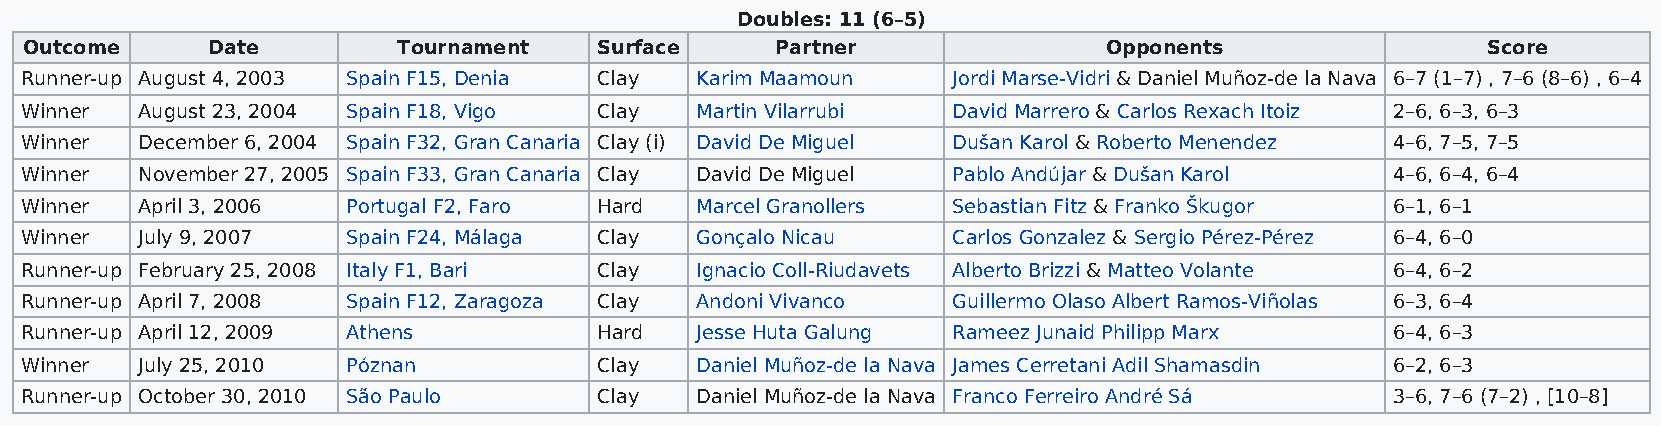
Doubles: 11 (6–5)
 Outcome     Date        Tournament    Surface    Partner               Opponents                Score
 Runner-up August 4, 2003 Spain F15, Denia Clay Karim Maamoun  Jordi Marse-Vidri & Daniel Muñoz-de la Nava 6–7 (1–7) , 7–6 (8–6) , 6–4
 Winner  August 23, 2004 Spain F18, Vigo Clay Martin Vilarrubi David Marrero & Carlos Rexach Itoiz 2–6, 6–3, 6–3
 Winner  December 6, 2004 Spain F32, Gran Canaria Clay (i) David De Miguel Dušan Karol & Roberto Menendez 4–6, 7–5, 7–5
 Winner  November 27, 2005 Spain F33, Gran Canaria Clay David De Miguel Pablo Andújar & Dušan Karol 4–6, 6–4, 6–4
 Winner  April 3, 2006 Portugal F2, Faro Hard Marcel Granollers Sebastian Fitz & Franko Škugor 6–1, 6–1
 Winner  July 9, 2007  Spain F24, Málaga Clay Gonçalo Nicau    Carlos Gonzalez & Sergio Pérez-Pérez 6–4, 6–0
 Runner-up February 25, 2008 Italy F1, Bari Clay Ignacio Coll-Riudavets Alberto Brizzi & Matteo Volante 6–4, 6–2
 Runner-up April 7, 2008 Spain F12, Zaragoza Clay Andoni Vivanco Guillermo Olaso Albert Ramos-Viñolas 6–3, 6–4
 Runner-up April 12, 2009 Athens        Hard  Jesse Huta Galung Rameez Junaid Philipp Marx  6–4, 6–3
 Winner  July 25, 2010 Póznan           Clay  Daniel Muñoz-de la Nava James Cerretani Adil Shamasdin 6–2, 6–3
 Runner-up October 30, 2010 São Paulo   Clay  Daniel Muñoz-de la Nava Franco Ferreiro André Sá 3–6, 7–6 (7–2) , [10–8]